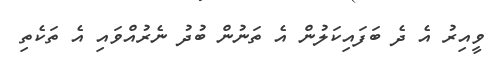
ވީއިރު އެ ދެ ބަފައިކަލުން އެ ތަނުން ބުދު ނެރުއްވައި އެ ތަކެތި